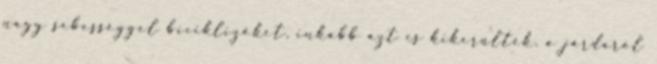
nagy sebességgel biciklizőket, inkább azt is kikerülték, a járdáról